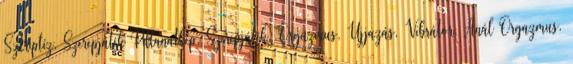
Sztriptíz, Szerepjáték Pillanatkép, Szerepjáték, Orgazmus, Ujjazás, Vibrátor, Anál Orgazmus,